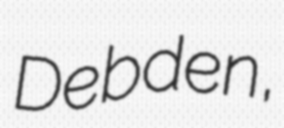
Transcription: Debden,